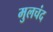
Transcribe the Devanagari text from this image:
मुलचंद